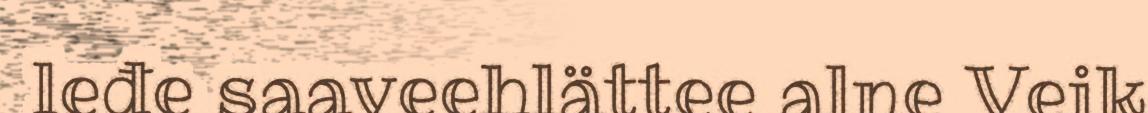
leđe saaveehlättee alne Veik